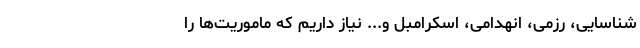
شناسایی، رزمی، انهدامی، اسکرامبل و... نیاز داریم که ماموریت‌ها را